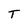
Character: T